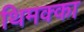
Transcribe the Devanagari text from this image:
थिमक्का